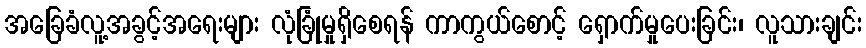
အခြေခံလူ့အခွင့်အရေးများ လုံခြုံမှုရှိစေရန် ကာကွယ်စောင့် ရှောက်မှုပေးခြင်း၊ လူသားချင်း